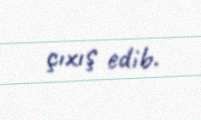
çıxış edib.